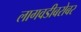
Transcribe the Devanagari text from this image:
लागवडीबरोबर